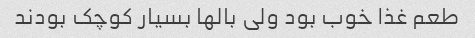
طعم غذا خوب بود ولی بالها بسیار کوچک بودند